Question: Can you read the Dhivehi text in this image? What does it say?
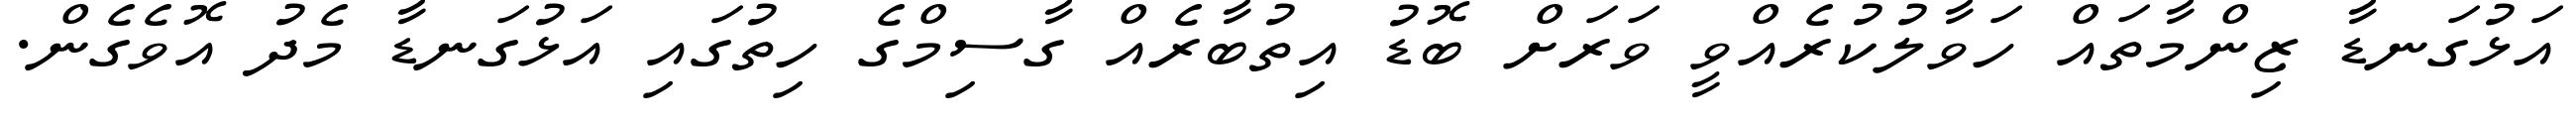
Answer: އަޅުގަނޑާ ޒިންމާތައް ހަވާލުކުރެއްވީ ވަރަށް ބޮޑު އިތުބާރެއް ގާސިމްގެ ހިތުގައި އަޅުގަނޑާ މެދު އޮވެގެން.